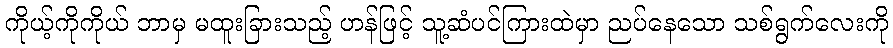
ကိုယ့်ကိုကိုယ် ဘာမှ မထူးခြားသည့် ဟန်ဖြင့် သူ့ဆံပင်ကြားထဲမှာ ညပ်နေသော သစ်ရွက်လေးကို